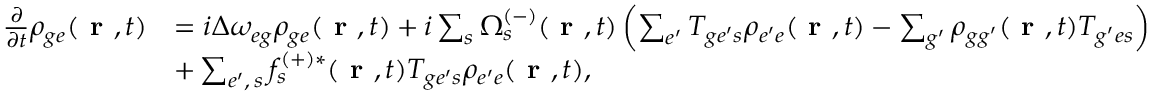
\begin{array} { r l } { \frac { \partial } { \partial t } \rho _ { { g e } } ( \textbf { r } , t ) } & { = i \Delta \omega _ { { e g } } \rho _ { { g e } } ( \textbf { r } , t ) + i \sum _ { s } \Omega _ { s } ^ { ( - ) } ( \textbf { r } , t ) \left( \sum _ { e ^ { \prime } } T _ { { g e ^ { \prime } } s } \rho _ { { e ^ { \prime } e } } ( \textbf { r } , t ) - \sum _ { g ^ { \prime } } \rho _ { { g g ^ { \prime } } } ( \textbf { r } , t ) T _ { { g ^ { \prime } e } s } \right) } \\ & { + \sum _ { e ^ { \prime } , \, s } f _ { s } ^ { ( + ) * } ( \textbf { r } , t ) T _ { { g e ^ { \prime } } s } \rho _ { { e ^ { \prime } e } } ( \textbf { r } , t ) , } \end{array}